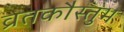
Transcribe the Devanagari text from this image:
व्रतकौस्तुभ